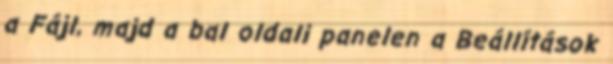
a Fájl, majd a bal oldali panelen a Beállítások